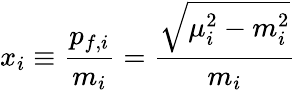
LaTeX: x_{i}\equiv\frac{p_{f,i}}{m_{i}}=\frac{\sqrt{\mu_{i}^{2}-m_{i}^{2}}}{m_{i}}